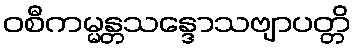
ဝစီကမ္မန္တသန္ဒောသဗျာပတ္တိ